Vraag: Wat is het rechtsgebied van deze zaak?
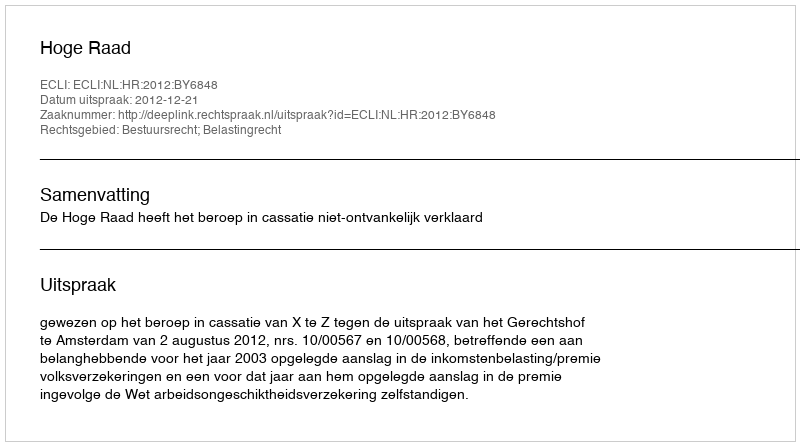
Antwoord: Bestuursrecht; Belastingrecht